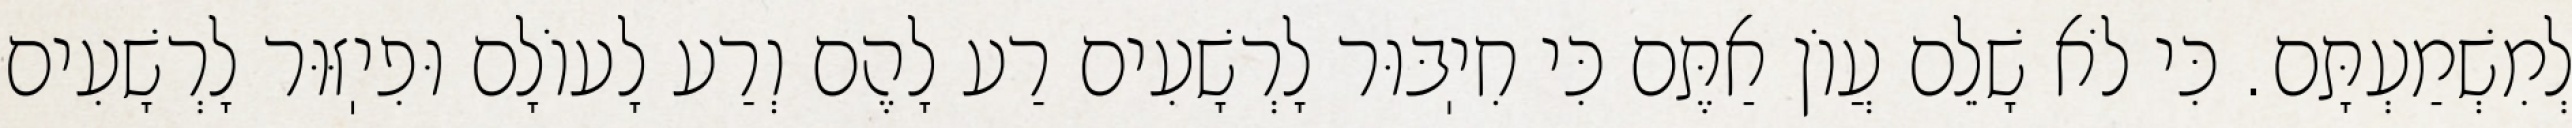
לְמִשְׁמַעְתָּם. כִּי לֹא שָׁלֵם עֲוֹן אַתֶּם כִּי חִיֽבּוּר לָרְשָׁעִים רַע לָהֶם וְרַע לָעוֹלָם וּפִיֽזּוּר לָרְשָׁעִים